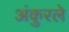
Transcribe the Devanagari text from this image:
अंकुरले